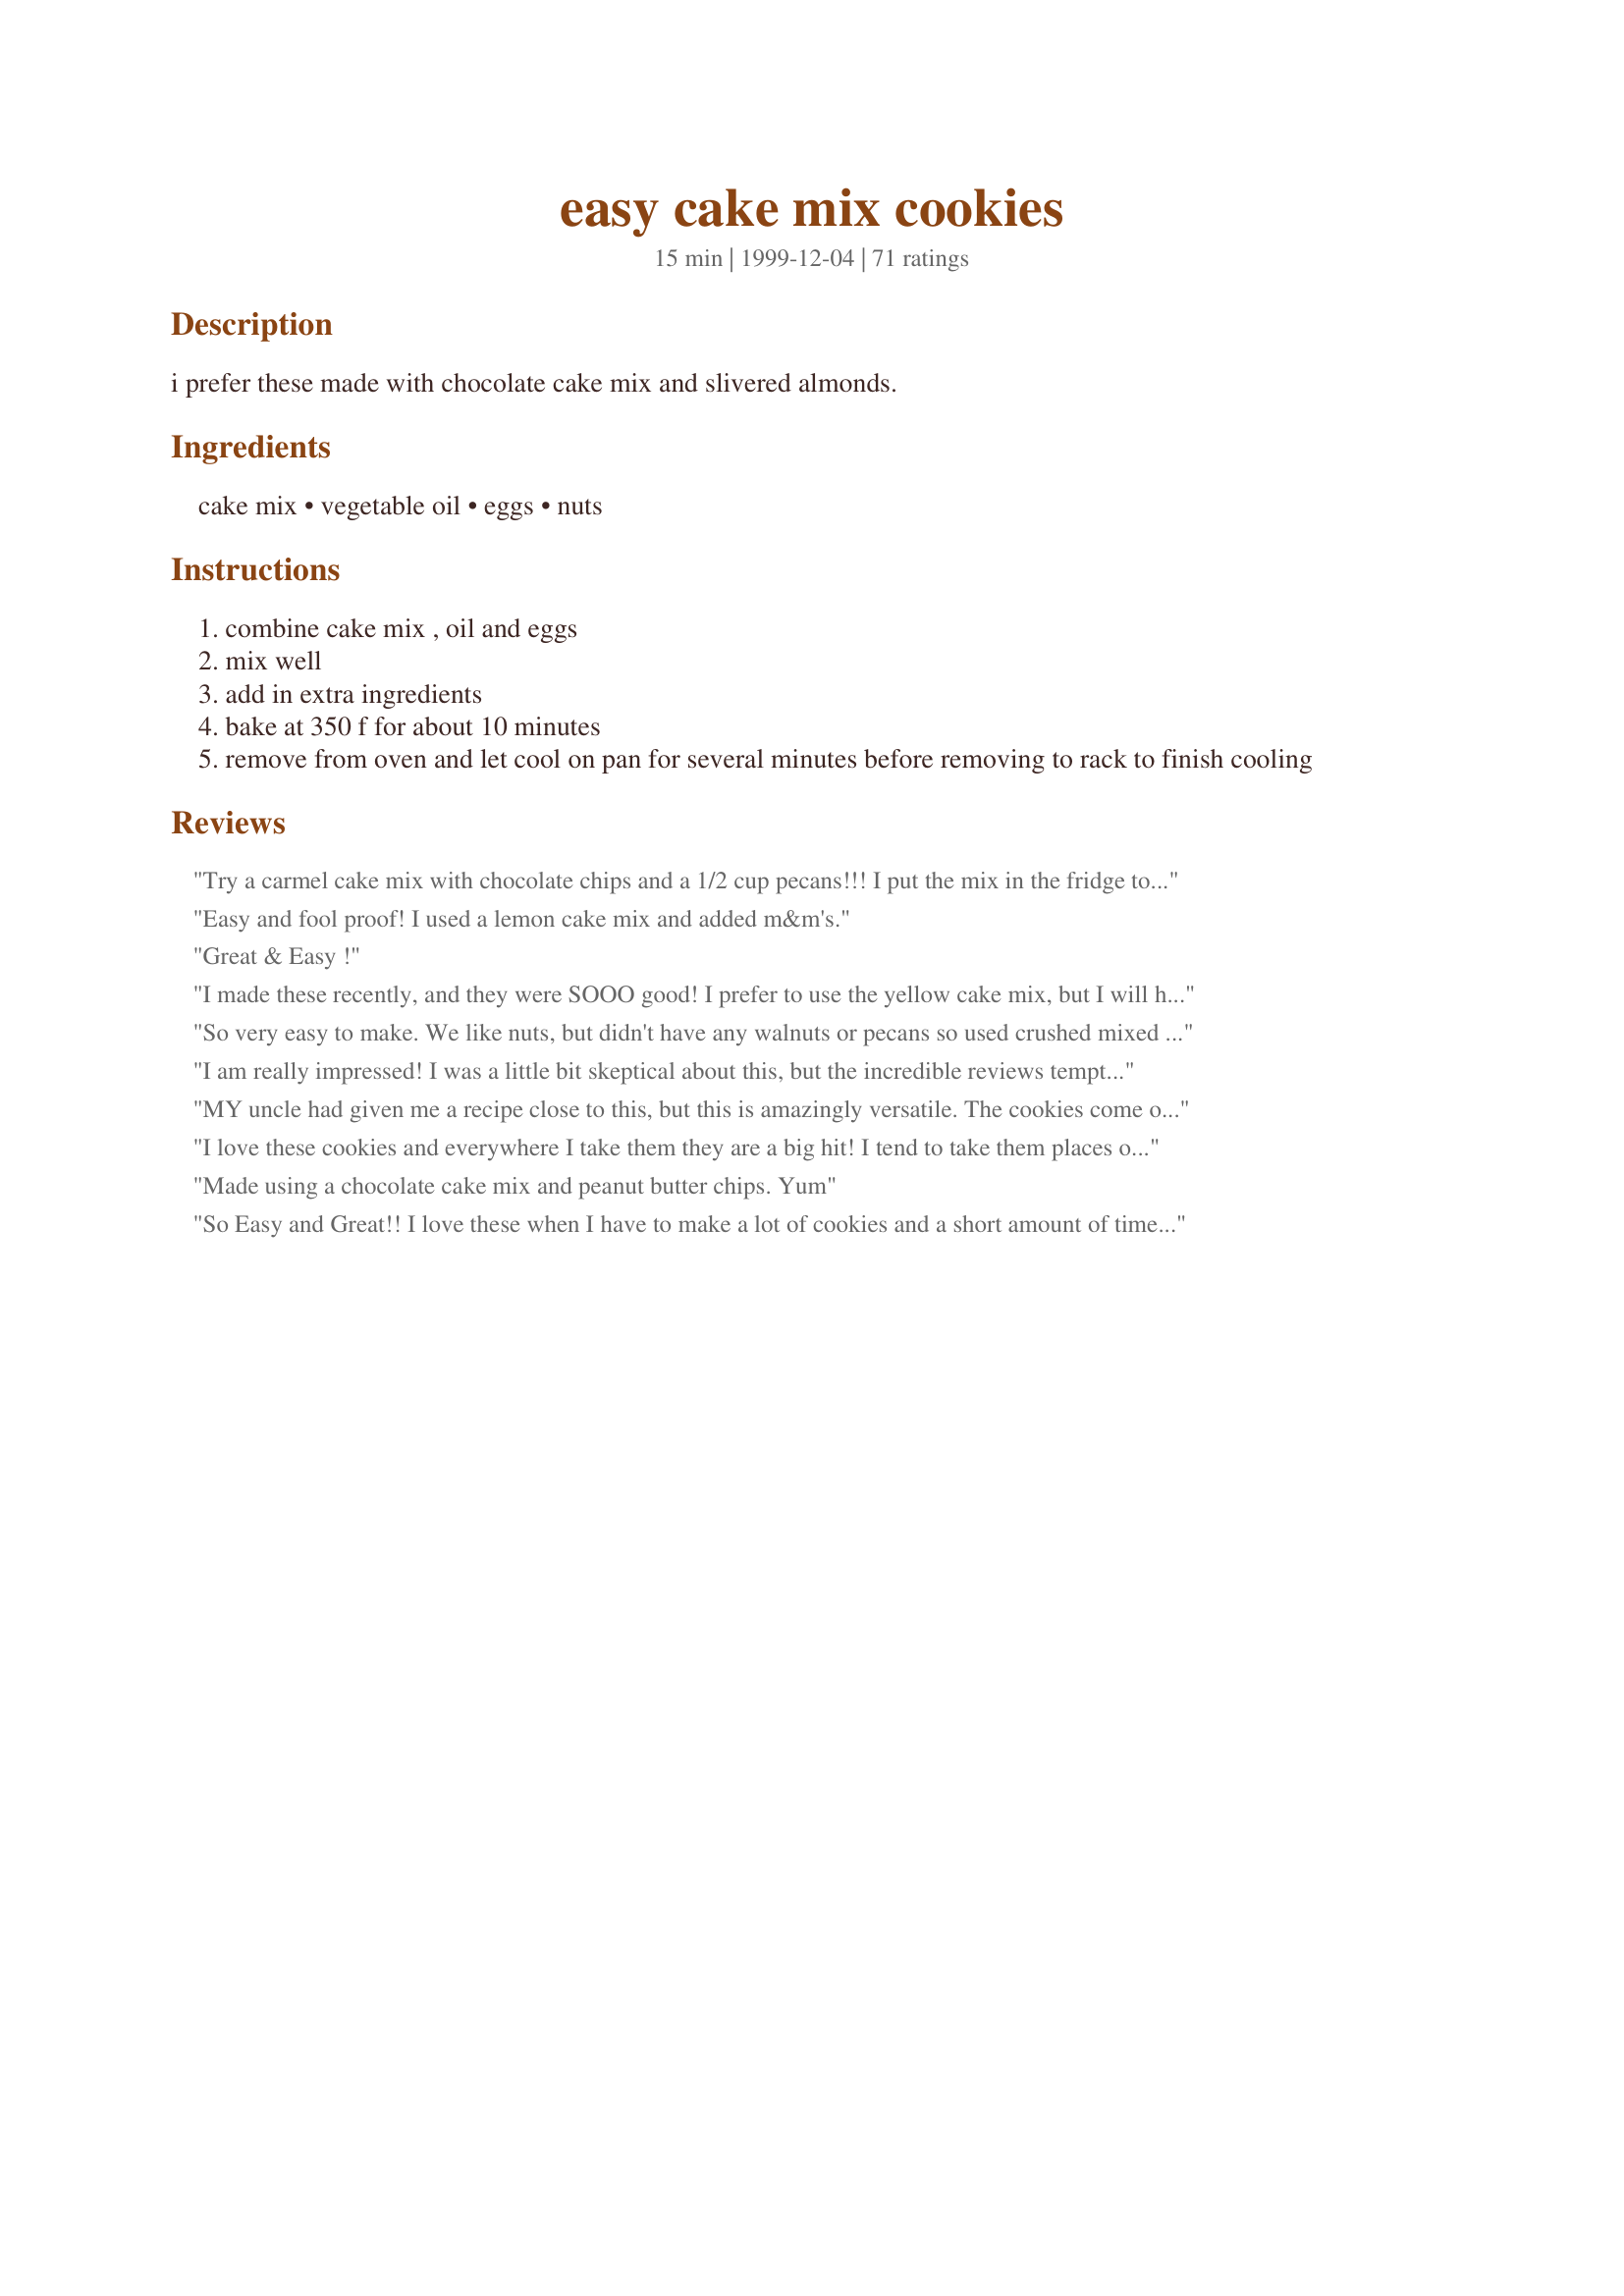
easy cake mix cookies
Preparation time: 15 minutes

i prefer these made with chocolate cake mix and slivered almonds.

Ingredients:
cake mix, vegetable oil, eggs, nuts

Steps:
combine cake mix , oil and eggs
mix well
add in extra ingredients
bake at 350 f for about 10 minutes
remove from oven and let cool on pan for several minutes before removing to rack to finish cooling

Reviews:
Try a carmel cake mix with chocolate chips and a 1/2 cup pecans!!! I put the mix in the fridge to chill before forming into balls and baking. They turn into nice uniform cookies. I get rave reviews whereever I take these cookies!!
Easy and fool proof! I used a lemon cake mix and added m&m's.
Great & Easy !
I made these recently, and they were SOOO good! I prefer to use the yellow cake mix, but I will have to experiment with some others. Thanks for a great recipe! : )
So very easy to make. We like nuts, but didn't have any walnuts or pecans so used crushed mixed nuts. We really had them guessing!
I am really impressed! I was a little bit skeptical about this, but the incredible reviews tempted me to try it, and I am so glad I did. Super easy! I made the combination favored by Dawn, and they were wonderful. I will definitely be experimenting often with this recipe.
MY uncle had given me a recipe close to this, but this is amazingly versatile. The cookies come out soft and just perfect! I used a cap full of vanilla, for flavor. I also added some water to make it less thick.Try strawberry cake mix and chocolate chips!!! YUMMY! I'll never make cookies any other way again!
I love these cookies and everywhere I take them they are a big hit! I tend to take them places often because they are so fast and easy to make. They are so sweet, I never frost them. I've used a variety of cake flavors and they all turn out great!
Made using a chocolate cake mix and peanut butter chips. Yum
So Easy and Great!! I love these when I have to make a lot of cookies and a short amount of time!! Very budget friendly too. Thanks!
This recipe is sooo easy to make, and its a real hit. Everyone in my house likes soft cookies, and these are the softest. My favorite flavor of cake mix to use is lemon, but chocolate is good too (they taste like brownies!)
I used a Pilsbury Golden Butter Reciple cake mix and chocolate chips. They turned out wonderfully. I cannot wait to try out other flavors!
My tasters rated these four stars for flavor, but I am upping it to five for ease of preparation. It was so impossibly simple, it should be illegal!! I used Duncan Hines' yellow cake mix, and chocolate lentils (which I should have mixed in by hand instead of being lazy and using the KitchenAid mixer, because some of the lentils shattered). I left them in the oven a bit longer than 10 minutes. Soooo easy!!
Tried these tonight after dinner. Just needed something sweet. These were excellent with walnuts added. Thanks for sharing!
simply amazing!
I have to agree with the negative reviews. Wish I would have read the reviews before I tried this recipe. I added the eggs and oil and the mixture was not even fully moist. So I kept adding oil. Then I read in one of the reviews they added milk, so I added some, too. By the time I got the dough to cookie consistency, it was all oily and the chips I added kept falling out of the dough as I dropped it on the baking sheets. I pulled the tray out after 16 minutes. I&#039;m letting them sit a little longer on the stovetop now as they cool. I will never try this again. Don&#039;t know they taste yet or whether they are even done. Wasted time and effort but I don&#039;t want to just throw them away. I&#039;ll be embarrassed as I take them to the office tomorrow as that&#039;s who I&#039;m making them for. :-(
I used to help out at peet tutors in middle school and one of the other students moms brought these in one day.They were so moist and yummy.Im definately going to make them again.
I made these for the second time tonight. First time with Funfetti, that I made into sammich cookies that I gave to my brother-in-law for his birthday. Tonight I made them with German Chocolate cake. The German Chocolate was much better. Still, very good.
Very delicious and so easy... the first batch wasnt quite through after 10 minutes, so I had the 2nd in for 12 minutes. So easy! Can't wait to try out all the other flavors. I made swiss chocolate with M&M's. That's all I had at home
I'm giving this 5 stars for what it is and what it is intended to be: a "cheater" cookie. Last night I was looking for a last minute way to use a strawberry cake mix (Valentine's Day) that didn't require baking a cake. This was it! The cooking time was more like 10 mins for me though. I did cool them on the pan for an additional minute before removing to rack. Also, I drizzled these with a glaze made of powdered sugar, vanilla extract and orange extract thinned with a touch of milk. The strawberry cake mix teamed well w/the vanilla and orange extracts! Thanks for a sweet little V-Day dessert! The kids loved them!!! ~Jeff's Girl Way Out West
GREAT recipe! Our sons (ages 6 & 4) mixed these up w/ very little help. A fabulous "make together" recipe!

We made the Funfetti flavor, and have several other flavors (including lemon, of course) in the pantry awaiting another rainy afternoon to bake!

Thanks so much for sharing! THIS is a keeper!
Just tried this recipe and came out great! Sligth changes, added 1/2 cup oil to a 15 1/2 oz. box of cake mix and had to bake for 18 minutes. Was a little crisp on the edge, but soft in the center. Going now to go to the store to get ingredients for white chocolate and macadamia. Can't wait!
These cookies did not turn out. Directions aren't clear. I read reviews and tried it without chilling them and then I tried them with chilling and they both turned out the same...in the trash...sorry, but i will not be making this again...
So incredibly easy, yummy, and versatile, I'll probably never make cookies from scratch again. The cookies are perfectly soft and chewy...what more could one ask for?
I've made this recipe countless times and it always goes well at my home. This one's a keeper!!
I've nearly always mixed from scratched but no more! Cake box cookies appear to be the way to go when you're in a pinch. I had one of those cold night cookie cravings and yellow cake mix was all I had on hand. Used some slivered almonds, white chips and a few dried orange cranberries. Pretty good combination. I did need to had a little more oil to get the mix really mixed well. Baking time was quite a bit longer than noted. Mine took about 25min per sheet.
I had to bake a few minutes longer than recipe stated. I have made this with lemon, vanilla and spice cake mixes. Yum!
I've been making this recipe for years. My kids love them. They made this batch. They used cherry cake and leftover crumbled browmies in the mixture. :)
I made these last night using the lemon mix and they were so easy and wonderful! We frosted them with lemon frosting and they tasted just like the Frosted Lemon Archway cookies. I will definately make these again!
Thanks for posting Dawn. I used Betty Crocker Super Moist cake mix with pudding in the mix (Devil's Food). It was 18.25 oz box. The batter at first was stringy and the powder wouldn't fully mix. I made as directed and it wasn't quite working. (maybe it is the extra.25 oz or this cake flavor or brand?) but then I mixed in a 1/4 cup milk and it mixed fully. It was sticky as others have said but the milk helped it. Added reese's baking chips. Baked for eight minutes and then turned out yummy. Super soft and creamy inside with melted reese's baking pieces. Very good. I would make again with the milk. If you are having trouble don't trash it add the milk. Easy and quick way to serve dessert and use up pantry staples! Enjoy! ChefDLH
Yummy! I used milk chocolate cake and did half the batch with chocolate chips and half with Andes mint chips. I think next time I'll use a stronger chocolate mix.
Easy and very good! Great for the lunchbox. Dough will be very stiff after mixing.
My mother made these cookies when we were kids back in the 1970&#039;s. They come out fabulous for a quick treat. One that she made quite frequently was lemon cake mix with a cup of flaked coconut in them. The one key to having these come out is to let them cool on the baking sheet for several minutes. She did refrigerate the dough that I remember. The chocolate cake mix with chocolate chips in them were also favorite. She never did use a yellow or white cake mix for any of them. The flavor was just not there.
After so many positive reviews on this recipe, I'm sorry to say that this recipe was AWFUL! Not only were the directions unclear (do you drop the cookies? Do you chill? Do you roll into balls?), but the batter was SOOO thick and sticky that it was impossible to work with and form anything but a brownie-like cake from it (to keep the whole thing from being a complete disaster!). No stars from me- It may have a simple ingredient list but not worth the mess you end up with.
Cooking time was way too little - had to cook for 11 minutes!!
Added a sprinkle of cinnamon to the top while baking and the flavour was great - used a plain white cake mix!!!
I am troubled by current recipes using 18 oz boxed cake mixes as their base. Most cake mixes are now 15-15-1/2 ounces. Three ounces less of dry ingredients can make a difference. Most reviews are older when 18 oz mixes were available. Just a thought.
I make these cookies often and they are soooo good! When you eat them while they're still warm, they just melt in your mouth! I made mine using devils food cake mix and I added grated coconut to the mix! YUM!!! I added my photo!
I so loved Trixie735's version with the white chocolate and macadamia nuts. Simply delish!! I will baking these again & again. Loved them!!
Works real nice with funfetti cake mix
i made the funfetti ones and they were very good. i made a cookie plate for a party and these looked very pretty on the plate. i will have to try the lemon.
I made these with a butter pecan cake mix and added 1/2 tsp almond flavoring. Most popular cookies at the potluck!
OH my goodness !!! There should be a law against what I just made LOL. I chose a orange supreme cake mix (I love orange) and I added chopped up dark chocolate (from a chocolate bar) I also added (from Halloween treats given to me) one small reeses caramel chocolate bar and one small snickers chopped up. Those are the small treat size ones. Fantastic, some of these are for my cookie swap. I must note: the cook time of 11 minutes was not near enough though, I had to bake them for almost 14-15 minutes, but that could be my oven.
This is such a great throw together recipe. I used a cinnamon swirl cake mix and added half of the cinnamon sugar packet to the batter and rolled the balls in the other half before baking to make it like a snickerdoodle. Mine made just over 2 dozen - they were probably a bit bigger than the cooking time suggests since mine took 14-15 min. at 350*. I will definitely use this recipe over and over as a quick way to whip up cookies since I always have these ingredients on hand. Thank you to Dawn for such a great recipe.
I make these cookies often. They are so easy. They do not last long, with my daughter and all her friends.
Love the fact that you can customize these by adding different toppings and using different cake mixes. Endless possibilities! Great recipe
Craving fix! I'm rarely ever patient enough to make "regular" cookies, so this worked great! I loved that you only use 1/3 cup oil. They weren't greasy at all. Thanks!
Awesome cookies! I used Duncan Hines Dark Chocolate Fudge cake mix and added in Hershey dark chocolate/raspberry cream bits. Wonderful taste and texture. My family loved them.
The lemon is delicious!! thanks
I just can't think of a single reason to ever make 'regular' cookies again! My son said that they were the best cookies I had ever made. If you love cake AND cookies then this is the end-all cookie recipe!! Thanks for posting.
This is a great easy recipe! I used chocolate cake mix, substituted applesauce for the oil, and added in 3/4 c chocolate chips and 1/4 c crushed heath bar. Fantastic! Took about 8 minutes to bake at 9200 ft. Thanks!!
These are soooo easy. I had three bake sales to contribute to last week and this is the recipe I used. The combinations I used were: chocolate cake mix w/choc chips AND vanilla cake mix w/butterscotch chips and walnuts.I packaged them in clear cellphane bags alternating choclate & vanilla cookies (stacked up). They looked adorable, they were easy and THEY WERE YUMMY!
I like making this recipe with a chocolate cake mix and Nestle chocolate chips. It's wonderful.
I used a Spice cake mix because I made them near the Holidays and used chocolate chips (because everything is better with chocolate!). They didn't spread out like regualar choc chip cookies, so next time and I would put them on the cookie sheet thinner so they'd cook better. But overall this recipe was right up my alley ... easy!
how did you get our "family" recipe? It's the 1/3 cup oil that makes the difference. The other recipes on this site call for 1/2 cup oil- which results in too greasy a cookie. I'm now 40 and have been using this recipe since I was 10. Remeber to use any flavor cake mix and be creative with your stir-ins.
Family loves these cookies. They are keepers!
Great recipe! I used yellow cake mix with crushed graham cracker, (was all I had) but turned out great! The mix was sticky so I chilled it for about a half hour, rolled into balls and baked for 10 mins. Turned out soft and delicious.
These cookies were AWESOME! I and my friend used up all of our cake mixes (about 10 boxes) making these. Every one gave them a 5/5 rating. Thanks for posting! :D
I can't believe I've not reviewed this recipe before!! I've been making cookies this way for at least 2 years now. I've tried many variations, all with great success. Today I tried something new...yellow cake mix with macadamia nut baking chips and white chocolate chips -- unbelievable -- perhaps my all time fav! I do add a bit more oil -- just eyeball it after mixing everything together -- I find it makes for a moist cookie, even if baked a smidge too long cuz I'm in another room when the timer goes off! I place bowl in fridge between batches (only bake 1 cookie sheet at a time) and it yields 30 big cookies. Obviously the smaller you roll the cookies, the more cookies you'll have but we like bigger cookies. Thanks for posting!
Great cookie!! I was very nervous about these when I was mixing them up but they turned out great. I used chocolate cake mix and butterscotch morsels. They were soft, easy and moist! Thanks Dawn!!!
Very good, very simple! I doubled the recipe using Devil's Cake mix with white chocolate chips and reese's peanut butter chips. I had a hard time getting the chips to stick in the dough. But once I got a taste of these, I didn't care about my chip-pressing efforts! Doubled, it made about 50 cookies. Thanks for the winner!
i used a white cake mix. mixed according to directions. 10 min is not near long enough to cook. I cooked for 19 minutes (they were not brown on top, but was afraid they would be dry if left longer). They actually taste pretty good and have a good consistency between soft and crisp. Not doughy but not crunchy! Very easy to make!
WOW! These are really good! I used the Funfetti flavor and didn't frost them and they're so delicious! I just made them this afternoon and with only 5 of us eating them, there are only 2 cookies left!
The whole gang loved these at poker night! I made them with devils food cake and every kind of candy chip I could find: chocolate, peanut butter, butterscotch and white chocolate. Sooo yummy! I have also made these using strawberry cake mix and chocolate chips...they came out tasting like chocolate covered strawberries! And this week for Halloween I used an Orange Supreme cake mix with chocolate and white chocolate chips. So divine! They tasted like those chocolate oranges you get at Christmas! Thanks for this wonderful recipe!
Extremely easy and delicious with ingredients you usually always have on hand. Just for the record, I used a Betty Crocker Devil's Food Cake mix with pudding in the mix and these still turned out great! Thanks for providing me a recipe to satisfy my chocolate fix!
Delicious and easy! I used coconut cake mix with chocolate chips. The mix was SO EASY to work with.
These were very simple to make. I used chocolate cake with white chocolate chips. I didn't care for that combination but the cookies were moist and so easy! I think yellow cake with chocolate chips would be the best!
These are so incredibly easy and oh so delicious! I was going through my late grandmother's recipes and she even had this one. So far i've only made chocolate with chocolate chips but, i'm excited to try some other combinations! Happy eating, mmmm good!
chocolate cake mix + cherries = Mmmm
Thank You for a wonderful recipe, there are so many variations you can use, the possibilites are endless!! Being a busy mom, I still have time to make these cookies in a flash!
They don't make very many cookies, but boy they are good! I used a lemon cake mix with no add-ins and they were nice, flat, and chewy! Thanks for sharing this great recipe!
These were really good, but for some reason (maybe the way I mixed it?) the dough became VERY gluey and I had to add milk! (My mixer almost died trying to make these cookies!) I used Devil's Food cake mix and white chocolate chips. They were VERY good, very soft, and easy...I just don't know why the dough wouldn't cooperate. Thanks for the recipe though!
